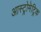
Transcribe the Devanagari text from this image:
आस्ट्रोमेट्रिक